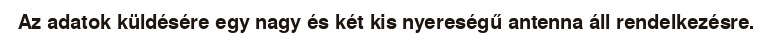
Az adatok küldésére egy nagy és két kis nyereségű antenna áll rendelkezésre.